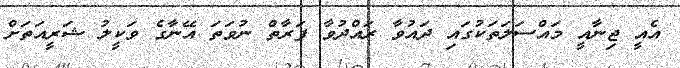
އެއީ ޖިނާއީ މައްސަލަތަކުގައި ދައުވާ ރައްދުވާ ފަރާތް ނުވަތަ އޭނާގެ ވަކީލު ޝަރީއަތަށް